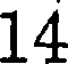
14